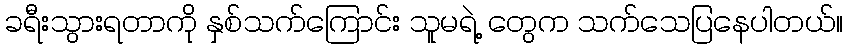
ခရီးသွားရတာကို နှစ်သက်ကြောင်း သူမရဲ့ တွေက သက်သေပြနေပါတယ်။